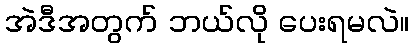
အဲဒီအတွက် ဘယ်လို ပေးရမလဲ။